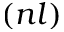
( n l )